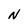
Character: N